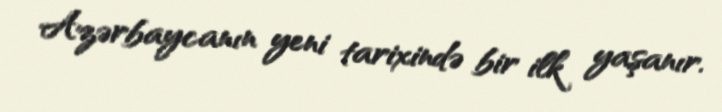
Azərbaycanın yeni tarixində bir ilk yaşanır.